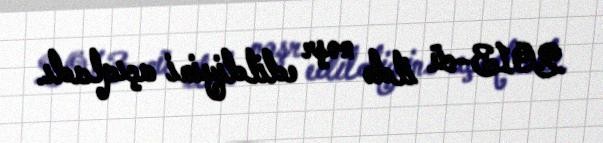
2013-cü ildə nəşr edildiyini açıqladı.